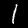
Label: 1